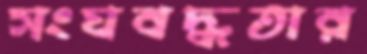
সংঘবদ্ধতার